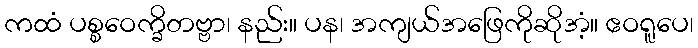
ကထံ ပစ္စဝေက္ခိတဗ္ဗာ၊ နည်း။ ပန၊ အကျယ်အဖြေကိုဆိုအံ့။ ဧဝရူပေ၊